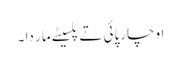
او چارپائی تے پلسیٹے مار دا ۔